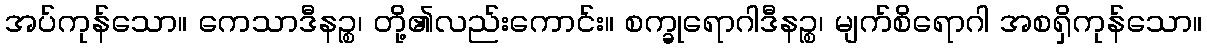
အပ်ကုန်သော။ ကေသာဒီနဉ္စ၊ တို့၏လည်းကောင်း။ စက္ခုရောဂါဒီနဉ္စ၊ မျက်စိရောဂါ အစရှိကုန်သော။